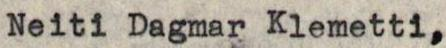
Neiti Dagmar Klemetti,